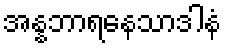
အန္နဘာရနေသာဒါနံ